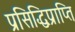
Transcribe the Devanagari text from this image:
प्रसिद्धिप्राप्ति